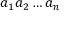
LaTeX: a _ { 1 } a _ { 2 } \dots a _ { n }